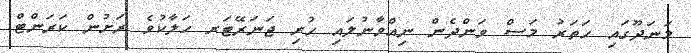
މަނަދޫގައި ހަތަރު މަސް ވަންދެން ނިއްވާނުލައި ހުރި ޖަނަރޭޓަރ ހަލާކުވެ ރަށުން ކަރަންޓް